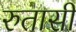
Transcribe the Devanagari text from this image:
रुतासी